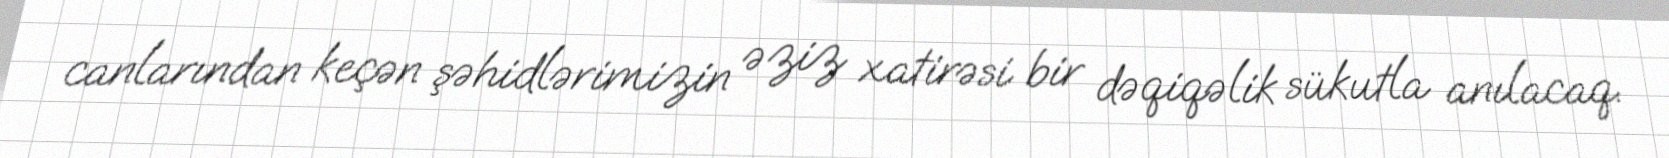
canlarından keçən şəhidlərimizin əziz xatirəsi bir dəqiqəlik sükutla anılacaq.